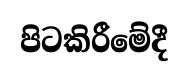
පිටකිරීමේදී